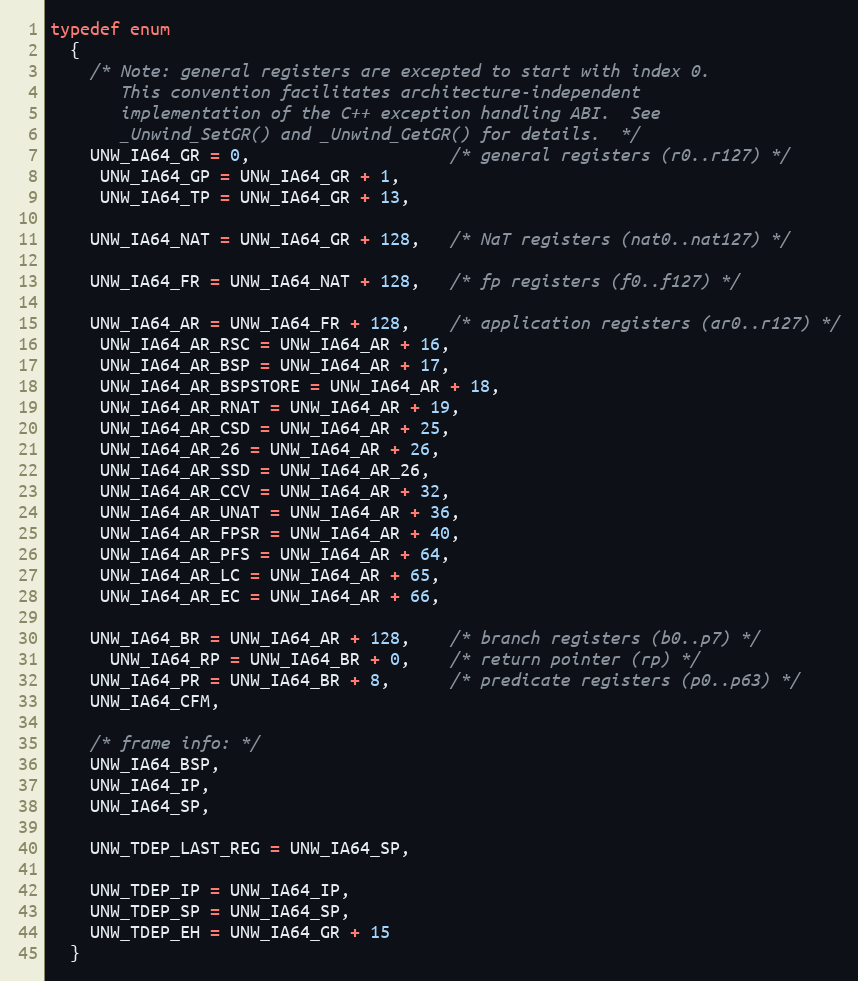
Language: C
typedef enum
  {
    /* Note: general registers are excepted to start with index 0.
       This convention facilitates architecture-independent
       implementation of the C++ exception handling ABI.  See
       _Unwind_SetGR() and _Unwind_GetGR() for details.  */
    UNW_IA64_GR = 0,                    /* general registers (r0..r127) */
     UNW_IA64_GP = UNW_IA64_GR + 1,
     UNW_IA64_TP = UNW_IA64_GR + 13,

    UNW_IA64_NAT = UNW_IA64_GR + 128,   /* NaT registers (nat0..nat127) */

    UNW_IA64_FR = UNW_IA64_NAT + 128,   /* fp registers (f0..f127) */

    UNW_IA64_AR = UNW_IA64_FR + 128,    /* application registers (ar0..r127) */
     UNW_IA64_AR_RSC = UNW_IA64_AR + 16,
     UNW_IA64_AR_BSP = UNW_IA64_AR + 17,
     UNW_IA64_AR_BSPSTORE = UNW_IA64_AR + 18,
     UNW_IA64_AR_RNAT = UNW_IA64_AR + 19,
     UNW_IA64_AR_CSD = UNW_IA64_AR + 25,
     UNW_IA64_AR_26 = UNW_IA64_AR + 26,
     UNW_IA64_AR_SSD = UNW_IA64_AR_26,
     UNW_IA64_AR_CCV = UNW_IA64_AR + 32,
     UNW_IA64_AR_UNAT = UNW_IA64_AR + 36,
     UNW_IA64_AR_FPSR = UNW_IA64_AR + 40,
     UNW_IA64_AR_PFS = UNW_IA64_AR + 64,
     UNW_IA64_AR_LC = UNW_IA64_AR + 65,
     UNW_IA64_AR_EC = UNW_IA64_AR + 66,

    UNW_IA64_BR = UNW_IA64_AR + 128,    /* branch registers (b0..p7) */
      UNW_IA64_RP = UNW_IA64_BR + 0,    /* return pointer (rp) */
    UNW_IA64_PR = UNW_IA64_BR + 8,      /* predicate registers (p0..p63) */
    UNW_IA64_CFM,

    /* frame info: */
    UNW_IA64_BSP,
    UNW_IA64_IP,
    UNW_IA64_SP,

    UNW_TDEP_LAST_REG = UNW_IA64_SP,

    UNW_TDEP_IP = UNW_IA64_IP,
    UNW_TDEP_SP = UNW_IA64_SP,
    UNW_TDEP_EH = UNW_IA64_GR + 15
  }